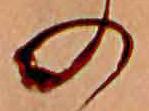
の